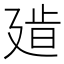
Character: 𢌧